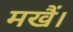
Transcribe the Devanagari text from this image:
मखैं।